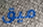
ميق